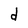
Character: d